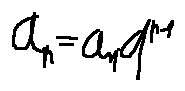
a _ { n } = a _ { 1 } \cdot q ^ { n - 1 }